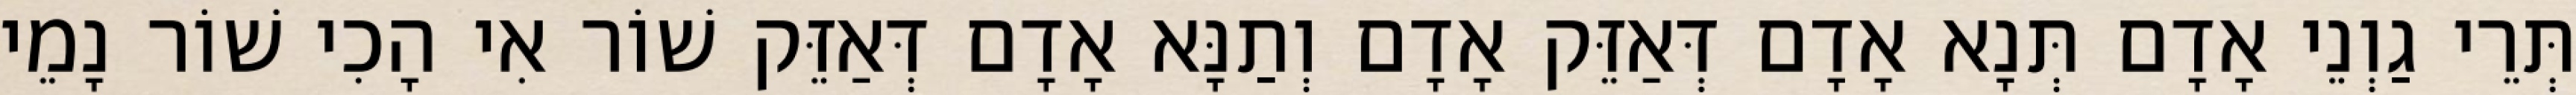
תְּרֵי גַוְנֵי אָדָם תְּנָא אָדָם דְּאַזֵּק אָדָם וְתַנָּא אָדָם דְּאַזֵּק שׁוֹר אִי הָכִי שׁוֹר נָמֵי